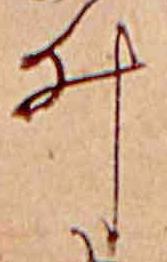
ゐ